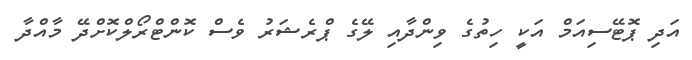
އަދި ޕޮޓޭސިއަމް އަކީ ހިތުގެ ވިންދާއި ލޭގެ ޕްރެޝަރު ވެސް ކޮންޓްރޯލްކޮށްދޭ މާއްދާ